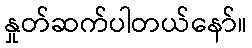
နှုတ်ဆက်ပါတယ်နော်။